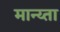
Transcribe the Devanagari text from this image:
मान्य्ता